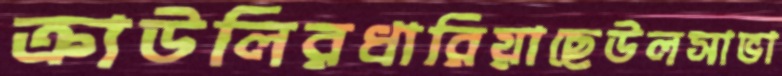
ক্রাউলিরধারিয়াছেউলসাভা